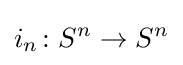
i_{n}\colon S^{n}\to S^{n}